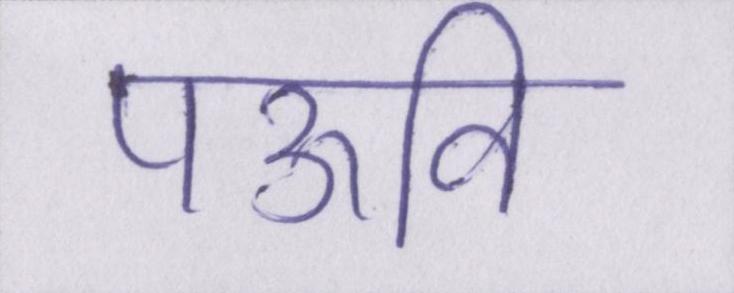
पऊवि